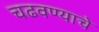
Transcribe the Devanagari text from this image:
चढवण्याचे